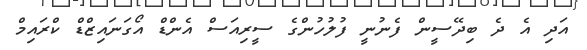
އަދި އެ ދެ ބިދޭސީން ފެނުނީ ފުލުހުންގެ ސީރިއަސް އެންޑް އޯގަނައިޒްޑް ކްރައިމް